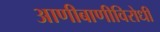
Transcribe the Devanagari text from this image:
आणीबाणीविरोधी